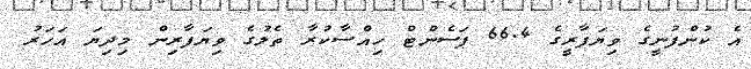
އެ ކުންފުނީގެ ވިޔަފާރީގެ 66.4 ޕަސެންޓް ހިއްސާކުރާ ތެލުގެ ވިޔަފާރިން މިދިޔަ އަހަރު